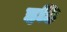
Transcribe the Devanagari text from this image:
इहि